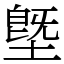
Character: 墍